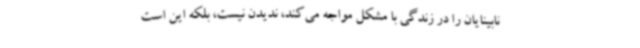
نابینایان را در زندگی با مشکل مواجه می‌کند، ندیدن نیست، بلکه این است